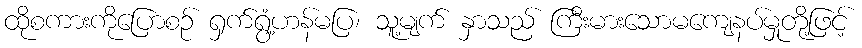
ထိုစကားကိုပြောစဉ် ရှက်ရွံ့ဟန်မပြ၊ သူ့မျက် နှာသည် ကြီးမားသောမကျေနပ်မှုတို့ဖြင့်